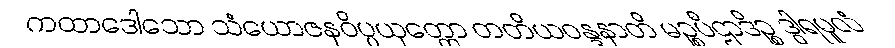
ကထာဒေါသော သံယောဇနဝိပ္ပယုတ္တော တတိယဝန္ဒနာတိ မဉ္စပီဌာဒိဉ္စ ဒွါရမူလံ